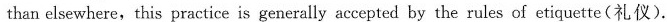
than elsewhere,this practice is generally accepted by the rules of etiquette(礼仪).